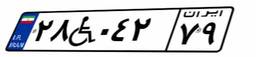
۲۸W۰۴۲۷۹